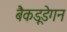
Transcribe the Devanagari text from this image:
बैकडूडेगन